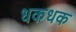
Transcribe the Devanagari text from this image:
धकधक